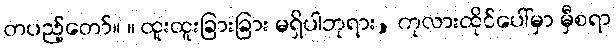
တပည့်တော်။ ။ ထူးထူးခြားခြား မရှိပါဘုရား, ကုလားထိုင်ပေါ်မှာ မှီစရာ